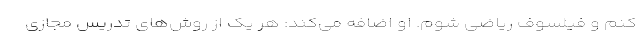
کنم و فیلسوف ریاضی شوم. او اضافه می‌کند: هر یک از روش‌های تدریس مجازی